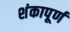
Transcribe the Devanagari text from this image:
शंकापूर्ण